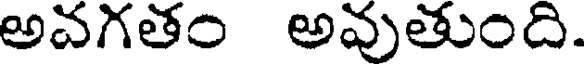
అవగతం అవుతుంది.